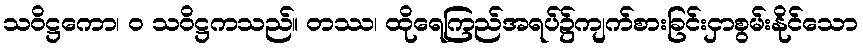
သဝိဋ္ဌကော၊ ဝ သဝိဋ္ဌကသည်။ တဿ၊ ထိုရေကြည်အရပ်၌ကျက်စားခြင်းငှာစွမ်းနိုင်သော